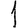
Digit: 1